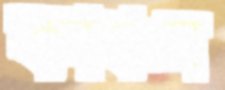
কাঞ্চন